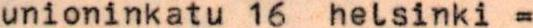
unioninkatu 16  helsinki =